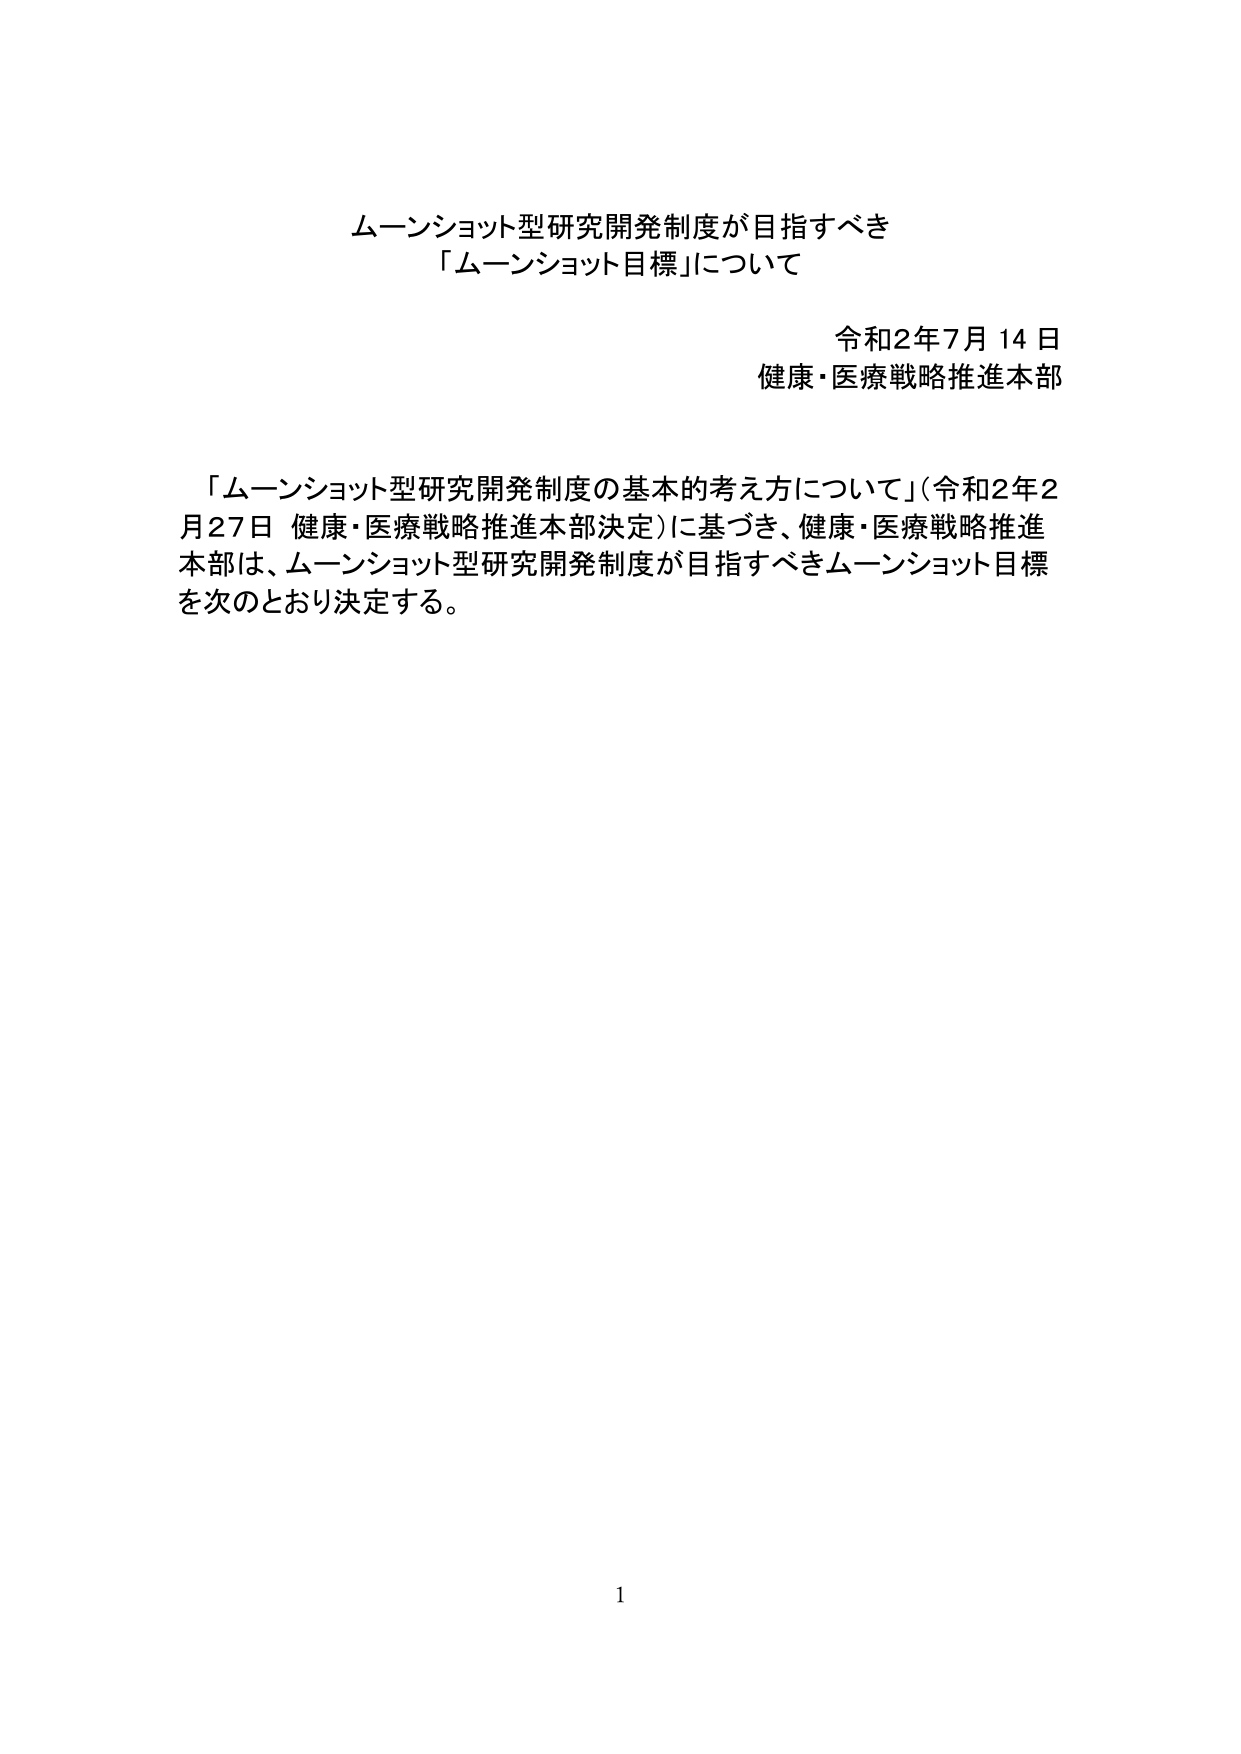
ムーンショット型研究開発制度が目指すべき
「ムーンショット目標」について

令和2年7月14日
健康・医療戦略推進本部

「ムーンショット型研究開発制度の基本的考え方について」（令和2年2月27日 健康・医療戦略推進本部決定）に基づき、健康・医療戦略推進本部は、ムーンショット型研究開発制度が目指すべきムーンショット目標を次のとおり決定する。

1